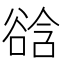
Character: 谽